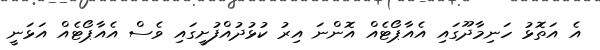
އެ އަތޮޅު ހަނިމާދޫގައި އެއާޕޯޓެއް އޮންނަ އިރު ކުޅުދުއްފުށީގައި ވެސް އެއާޕޯޓެއް އަޅަނީ